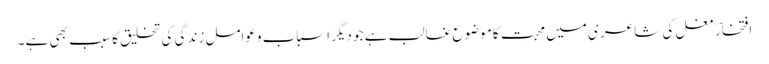
افتخارؔ مغل کی شاعر ی میں محبت کا موضوع غالب ہے جو دیگر اسباب وعوامل زندگی کی تخلیق کا سبب بھی ہے ۔